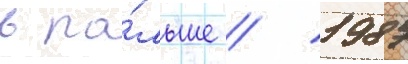
в по́льше / 1987